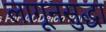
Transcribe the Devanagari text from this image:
लागूनसुद्धा